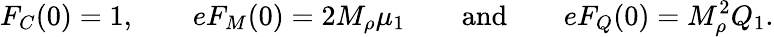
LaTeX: F_{C}(0)=1,\quad\quad eF_{M}(0)=2M_{\rho}\mu_{1}\quad\quad\mathrm{and}\quad\quad eF_{Q}(0)=M_{\rho}^{2}Q_{1}.